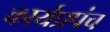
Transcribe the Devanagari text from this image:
कार्यप्रपंच